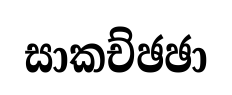
සාකච්ඡඡා